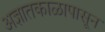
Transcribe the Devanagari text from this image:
अज्ञातकाळापासून